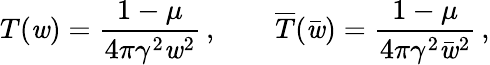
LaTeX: T(\mathit{w})=\frac{{1-\mu}}{{4\pi\gamma^{2}\mathit{w}^{2}}}\, ,\qquad\overline{{{{T}}}}(\bar{{\mathit{w}}})=\frac{{1-\mu}}{{4\pi\gamma^{2}\bar{{\mathit{w}}}^{2}}}\, ,